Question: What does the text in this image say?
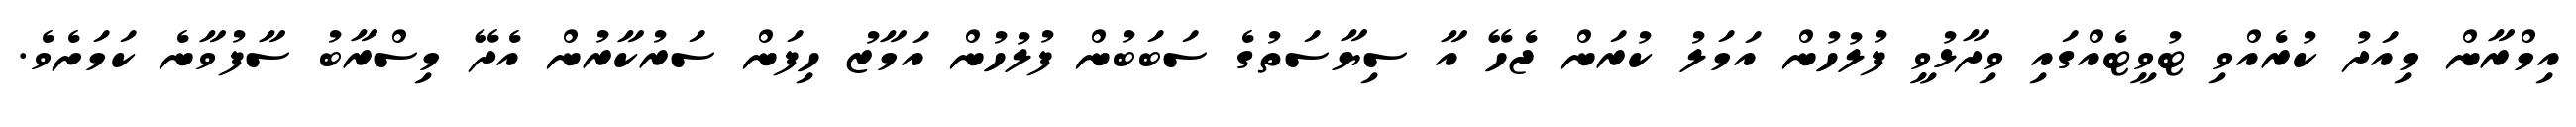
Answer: އިމްރާން މިއަދު ކުރެއްވި ޓުވީޓެއްގައި ވިދާޅުވީ ފުލުހުން އަމަލު ކުރަން ޖެހޭ އާ ސިޔާސަތުގެ ސަބަބުން ފުލުހުން އަމާޒު ހިފަން ސަރުކާރުން އެދޭ މިސްރާބު ސާފުވާނެ ކަމަށެވެ.